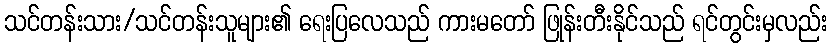
သင်တန်းသား/သင်တန်းသူများ၏ ရေးပြလေသည် ကားမတော် ဖြုန်းတီးနိုင်သည် ရင်တွင်းမှလည်း